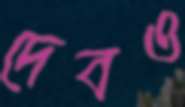
দেবও